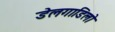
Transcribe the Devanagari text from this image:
डेलगाडिलो